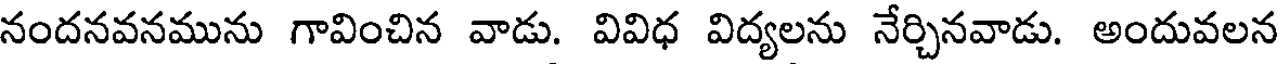
నందనవనమును గావించిన వాడు. వివిధ విద్యలను నేర్చినవాడు. అందువలన